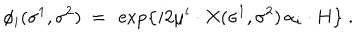
LaTeX: \phi _ { i } ( \sigma ^ { 1 } , \sigma ^ { 2 } ) \ = \ \exp \left\{ i 2 \mu ^ { i } \cdot X ( \sigma ^ { 1 } , \sigma ^ { 2 } ) \, \alpha _ { i } \cdot H \right\} \ .